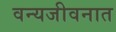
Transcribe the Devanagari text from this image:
वन्यजीवनात